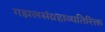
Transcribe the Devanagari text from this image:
गझलसंग्रहाव्यतिरिक्त